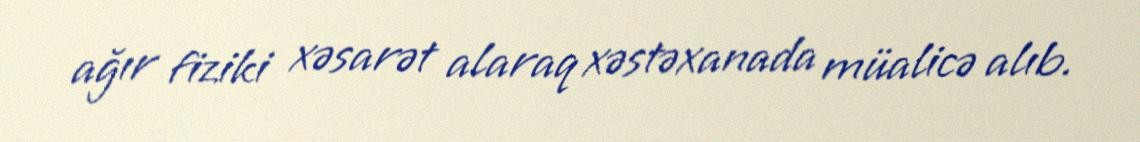
ağır fiziki xəsarət alaraq xəstəxanada müalicə alıb.